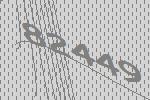
82449